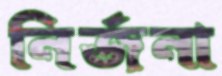
নির্জনা